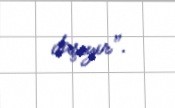
daşıyır”.